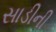
સાડીની